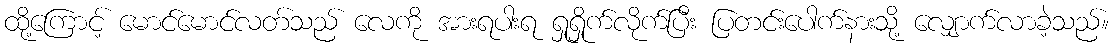
ထို့ကြောင့် မောင်မောင်လတ်သည် လေကို အားရပါးရ ရှုရှိုက်လိုက်ပြီး ပြတင်းပေါက်နားသို့ လျှောက်လာခဲ့သည်။